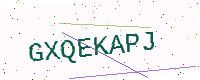
Text: GXQEKAPJ